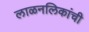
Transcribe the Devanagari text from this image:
लाळनलिकांची